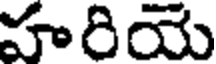
హరియే